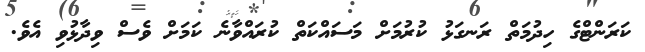
ކަރަންޓްގެ ހިދުމަތް ރަނގަޅު ކުރުމަށް މަސައްކަތް ކުރައްވާނެ ކަމަށް ވެސް ވިދާޅުވި އެވެ.